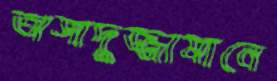
অসাদুজ্জামানে